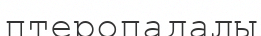
птеропадалы